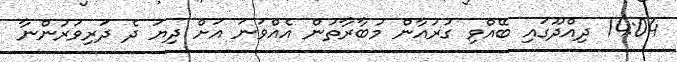
14:04 ދިއްދޫގައި ބޭއްވި ގުރުއާން މުބާރާތުން އެއްވަަނަ އަށް ދިޔަ ދެ ދަރިވަރުންނާ